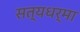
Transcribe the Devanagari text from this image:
सत्यधर्मा